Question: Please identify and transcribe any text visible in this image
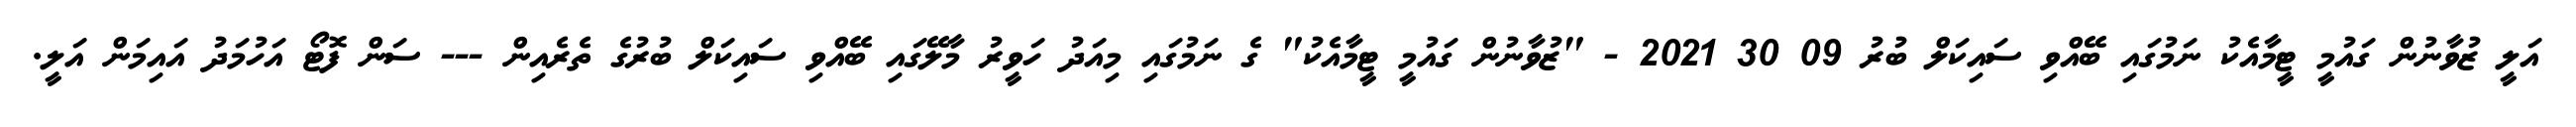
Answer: އަލީ ޒުވާނުން ގައުމީ ޓީމާއެކު ނަމުގައި ބޭއްވި ސައިކަލް ބުރު 09 30 2021 - "ޒުވާނުން ގައުމީ ޓީމާއެކު" ގެ ނަމުގައި މިއަދު ހަވީރު މާލޭގައި ބޭއްވި ސައިކަލް ބުރުގެ ތެރެއިން --- ސަން ފޮޓޯ އަހުމަދު އައިމަން އަލީ.